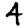
Digit: 4